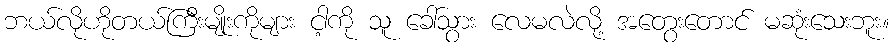
ဘယ်လိုဟိုတယ်ကြီးမျိုးကိုများ ငါ့ကို သူ ခေါ်သွား လေမလဲလို့ အတွေးတောင် မဆုံးသေးဘူး။